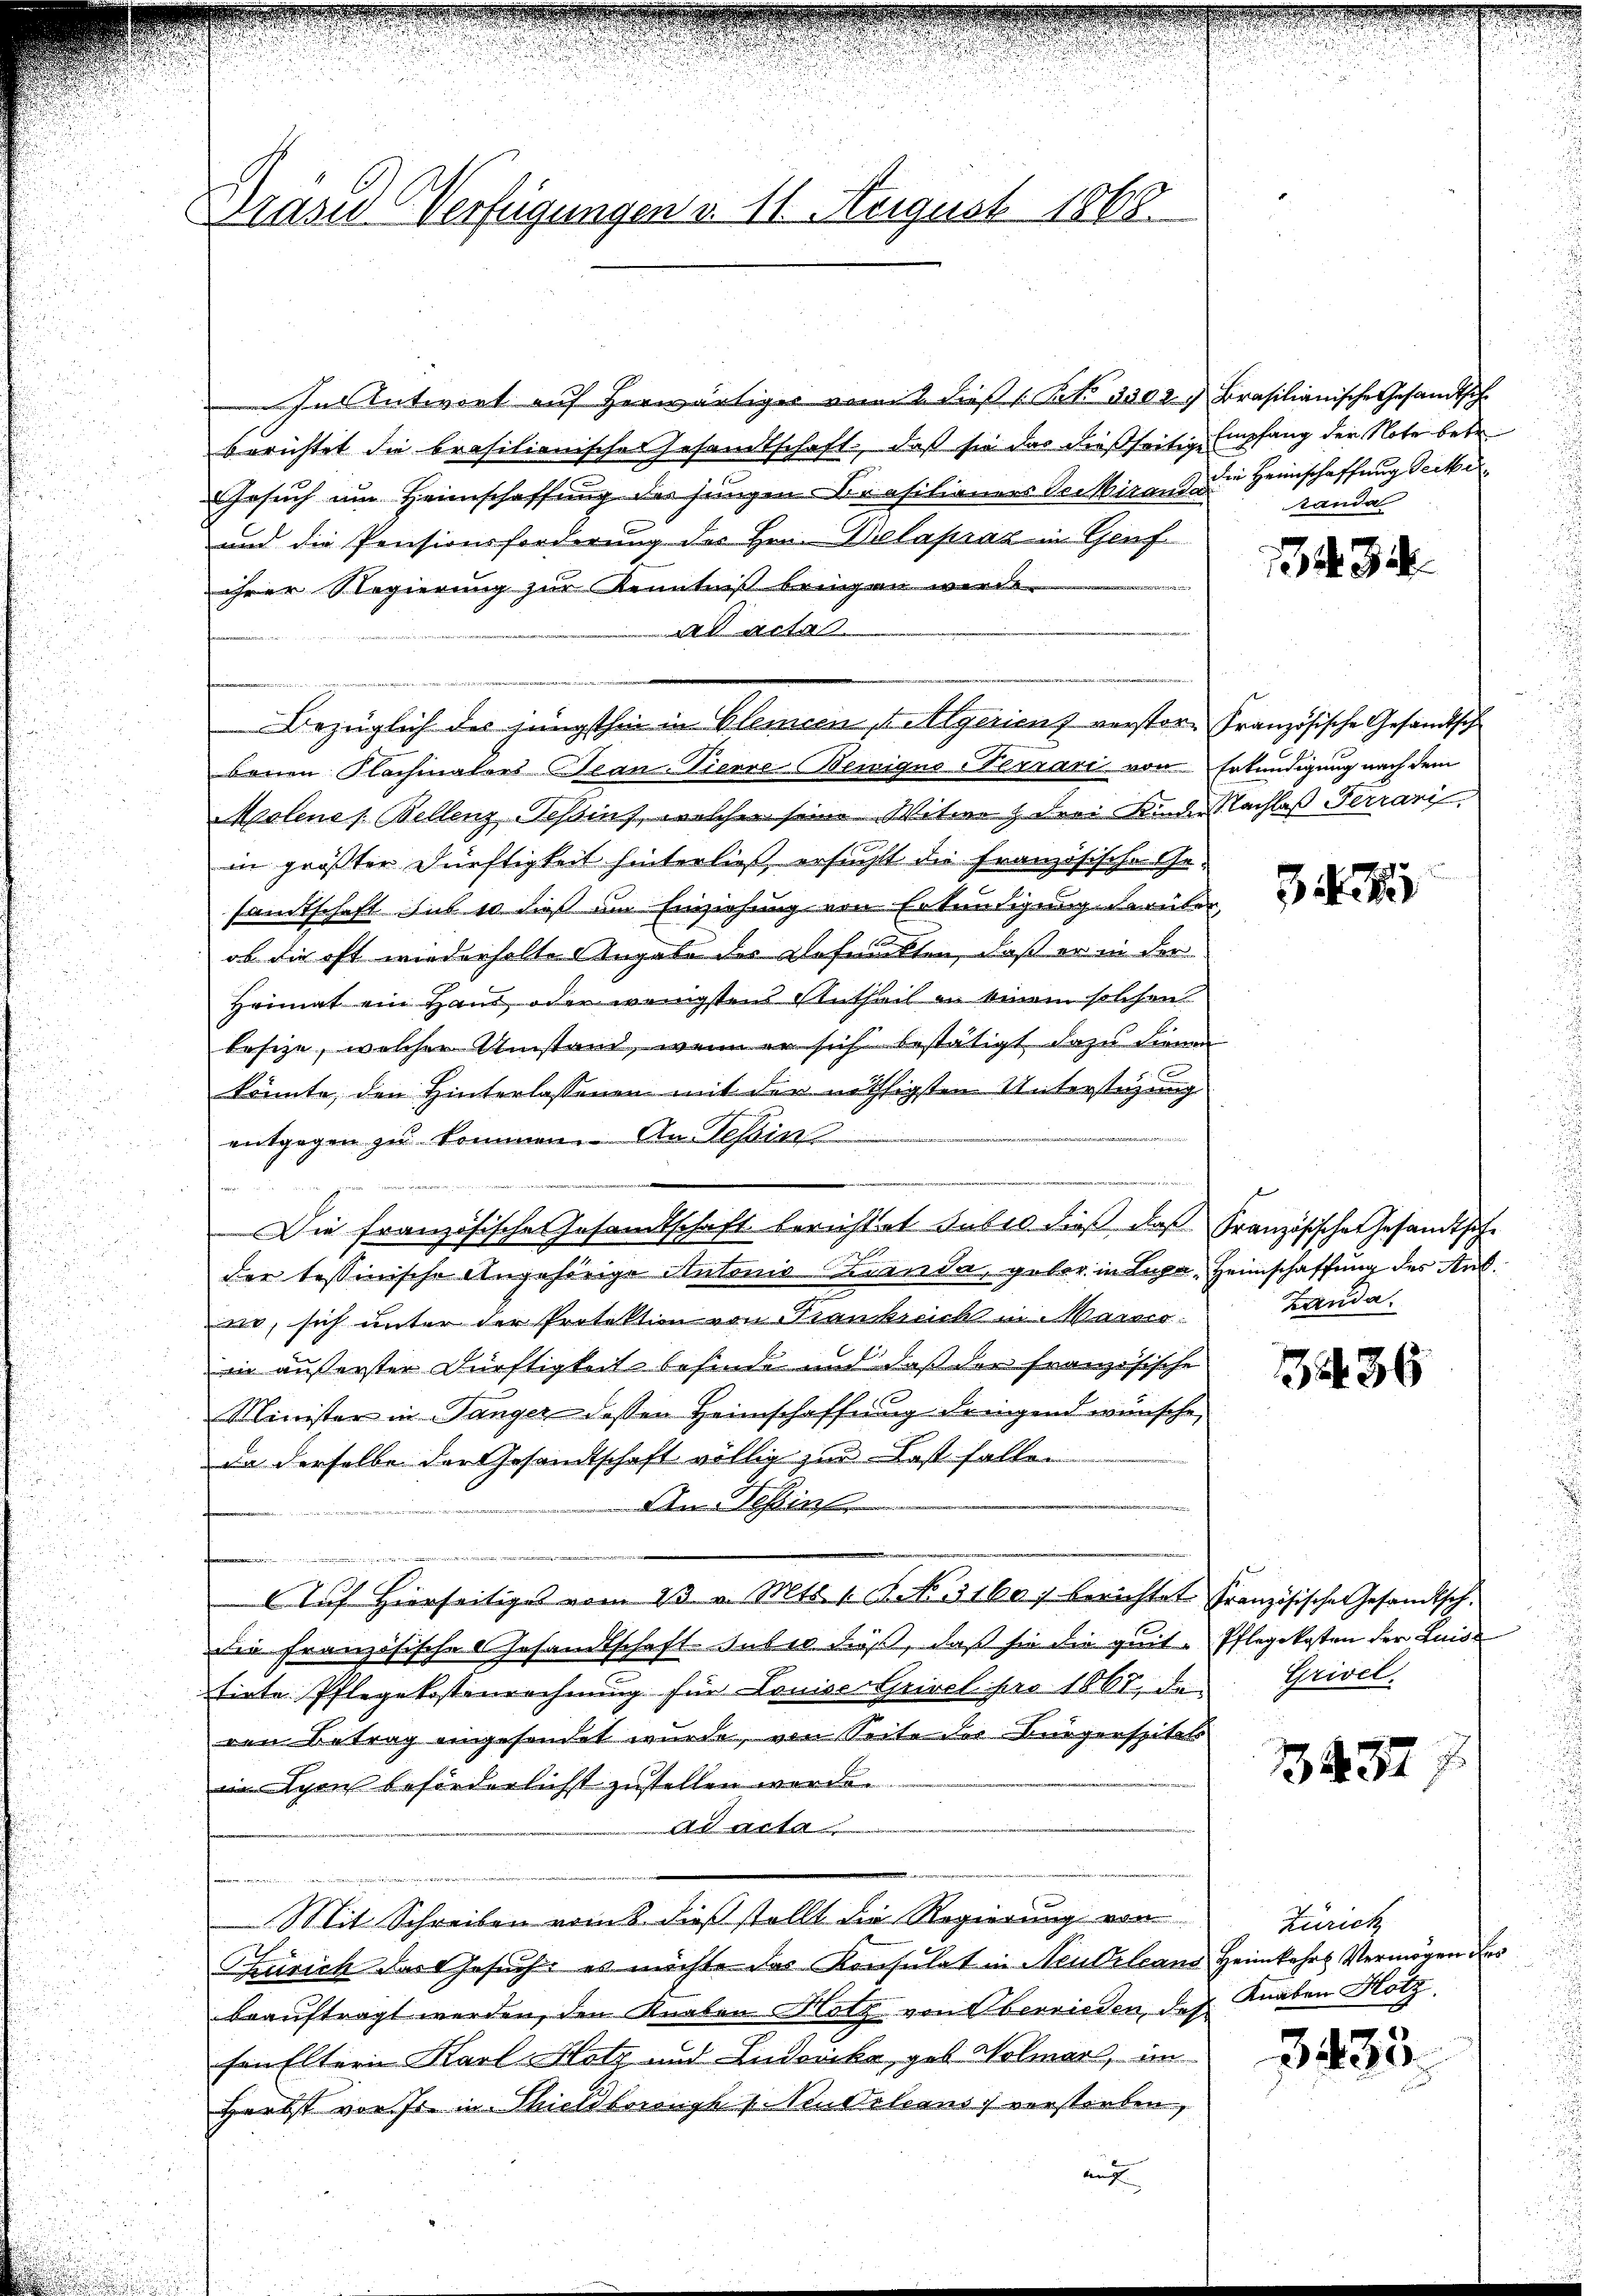
Drase Verfügungen v. 11. August 1868.

Im Antwort auf herwärtiger voit dieß (Bl. 3302.
berichtet die brasilienischer Gesamtschaft, daß sie das dießseitige
Gesuch um Heimschaffung der jungen Brasilianers Sectiranda
und die Pensionsforderung des Hrn. Belapraz in Genf
ihrer Regierung zur Kenntniß bringen werde.
ta
.
Bezüglich des jüngsthin in Gleicen eigerienz verstor Französische Gesandtsch
benen Nachmators Tean-Pierre-Bewiges Terraris von
Meclenes Bellenz-Teßins, welcher seine Witwe drei Kinder Nachlaß Ferrari
in größter Dürftigkeit hinterließ, ersucht die Französische Gesamtschaft sub 10 dieß im Einziehung von Erkundigung darüber
ob die oft wiederholte Angabe der Befunkten, daß er in der
Heimat ein Hand, oder wenigstens Antheil an einem solchen
besize, welcher Umstand, wenn er sich bestätigt dazu dienen
könnte, den Hinterlassenen mit der nöthigsten Unterstüzung
entgegen zu kommen. An Tessin
Die französische Gesamtschaft berichtet dabei dieß, daß
der tessinische Angehörige Autonis Lienda, gebor in Lupa, Heimschaffung des Ausne, sich unter der Protektion von Trankreicht in Marsio
in äußerster Dürftigkeit befinde und daß der französische
Minister in Tanger dessen Heimschaffung dringend wünsche,
da derselbe der Gesandtschaft völlig zur Fest fallen
An Tessin
x
Auf Hierseitige vom 13. v. Mts. 1. No. 31607 berichtet
die französische Gesandtschaft suber dieß, daß sie die geit-
fiete Pflegekostenrechnung für Louise Grivel pro 1861, den Grivel
den Betrag eingesendet wurde, von Seite der Bürgerspitals
n Lyon beförderlicht zustellen werde.
ad acta
e
Mit Schreiben vom 8. dieß stellt die Regierung von
Zürich das Gesuch: es möchte das Konsulat in Neudrleans Heimkehrs Vermögen der
beauftragt werden, den Knaben Hotz von Oberrieden, des Knaben Hotz
sen Eltern Karl Hotz und Ludovika, geb. Holmar, im
Herbst von Fr. in Thieldboronyk s. Neudalcans verstorben,
auf

Brasilianische Gesandtsch
Empfang der Note betr.
die Heimschaffung Seite
anda

434

Erkundigung nach dem

3

Französischen Gesandtsche
Landa

12436

französischen Gesandtsch.
Pflegekosten der Luis

1437

Zürich

3433.